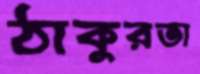
ঠাকুরতা